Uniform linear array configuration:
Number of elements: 32
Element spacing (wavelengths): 0.75
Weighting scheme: hamming
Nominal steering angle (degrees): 45
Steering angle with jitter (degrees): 45.167
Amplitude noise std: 0.05
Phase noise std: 0.05

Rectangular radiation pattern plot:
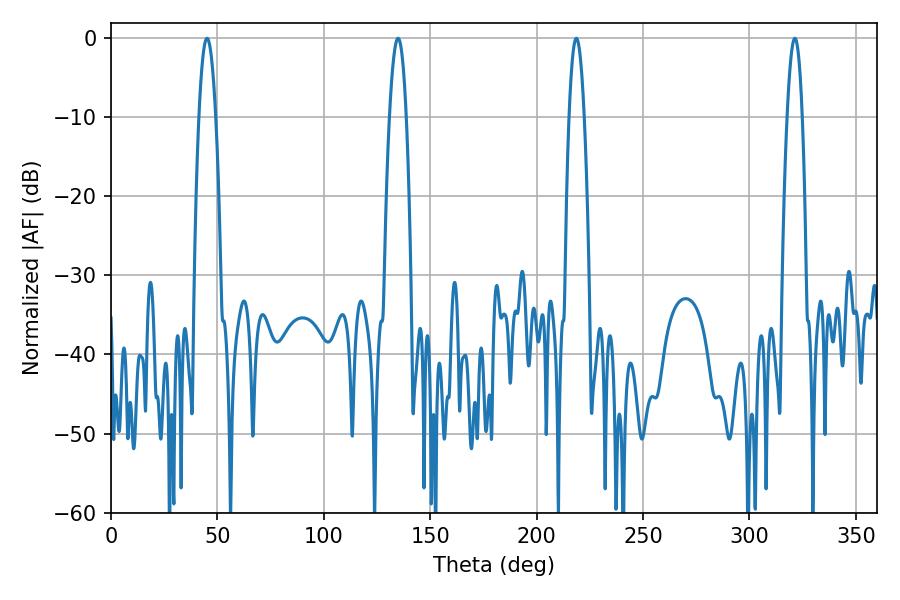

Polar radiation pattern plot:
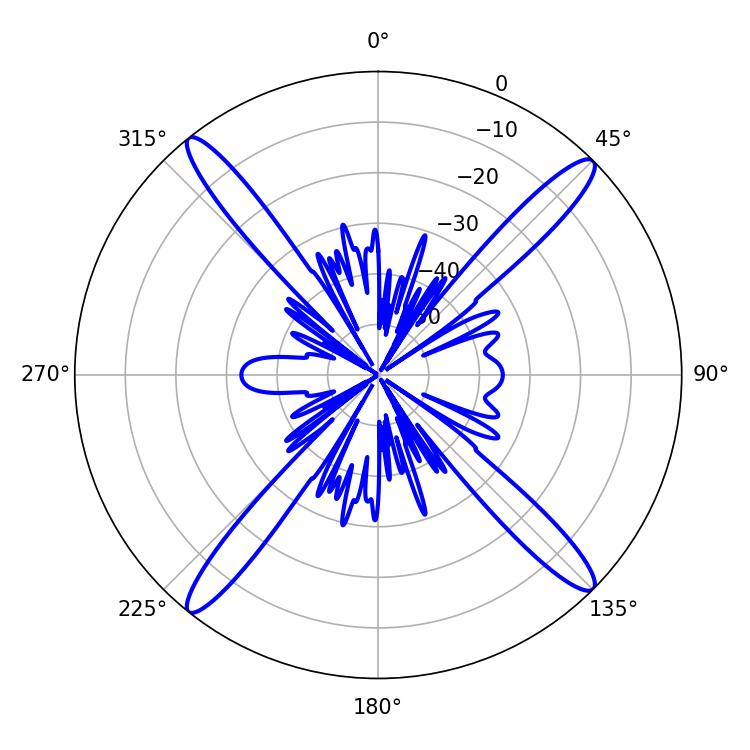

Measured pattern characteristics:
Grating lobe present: TRUE
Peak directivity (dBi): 19.258
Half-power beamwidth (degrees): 3.96
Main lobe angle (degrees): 218.7